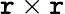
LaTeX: \mathtt{r}\times\mathtt{r}